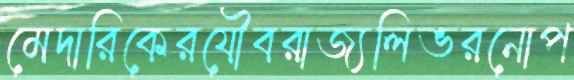
মেদারিকেরযৌবরাজ্যলিভরনোপ